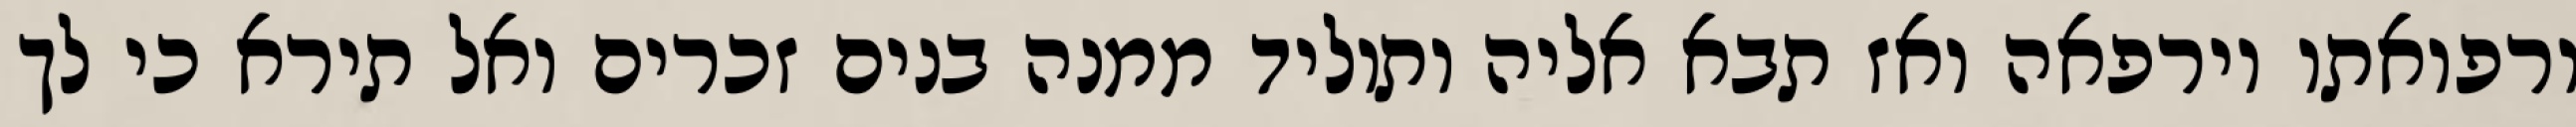
ורפואתו וירפאה ואז תבא אליה ותוליד ממנה בנים זכרים ואל תירא כי לך